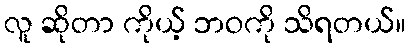
လူ ဆိုတာ ကိုယ့် ဘဝကို သိရတယ်။